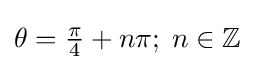
{\textstyle \theta ={\frac {\pi }{4}}+n\pi ;\;n\in \mathbb {Z} \;}